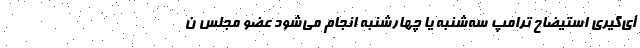
أی‌گیری استیضاح ترامپ سه‌شنبه یا چهارشنبه انجام می‌شود عضو مجلس ن